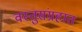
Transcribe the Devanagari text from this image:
वस्तुसंग्रहात